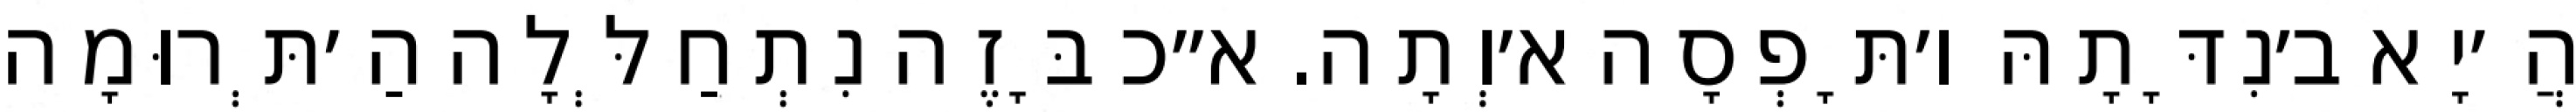
הֲ׳יָא ב׳נִדָּתָהּ ו׳תָּפְסָה א׳וְתָה. א״כ בָּזֶה נִתְחַלְּלָה הַ׳תְּרוּמָה